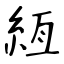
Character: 絚